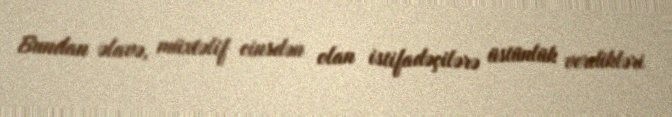
Bundan əlavə, müxtəlif cinsdən olan istifadəçilərə üstünlük verdikləri